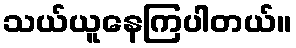
သယ်ယူနေကြပါတယ်။